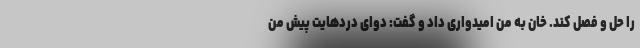
را حل و فصل کند. خان به من امیدواری داد و گفت: دوای دردهایت پیش من